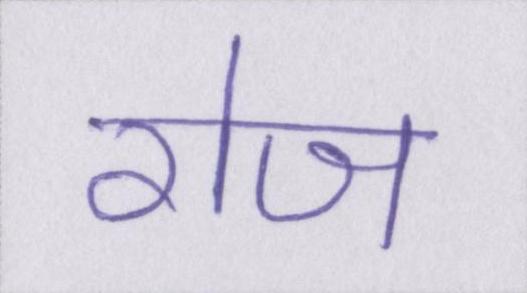
रोज